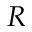
R